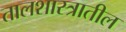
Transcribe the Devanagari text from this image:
तालशास्त्रातील